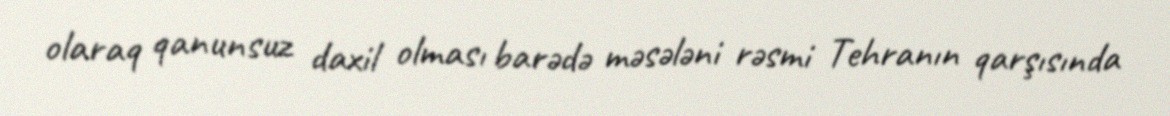
olaraq qanunsuz daxil olması barədə məsələni rəsmi Tehranın qarşısında